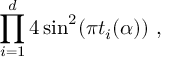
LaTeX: \prod _ { i = 1 } ^ { d } 4 \sin ^ { 2 } ( \pi t _ { i } ( \alpha ) ) ~ ,